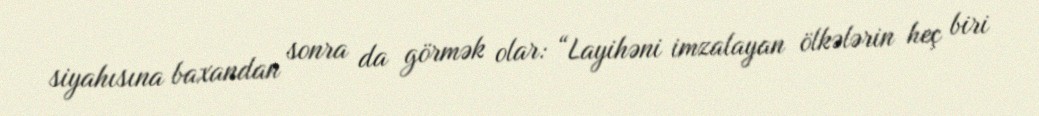
siyahısına baxandan sonra da görmək olar: “Layihəni imzalayan ölkələrin heç biri